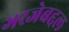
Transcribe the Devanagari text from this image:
गरजेबद्दल